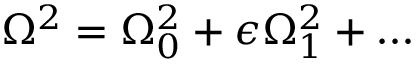
\Omega ^ { 2 } = \Omega _ { 0 } ^ { 2 } + \epsilon \Omega _ { 1 } ^ { 2 } + \ldots